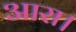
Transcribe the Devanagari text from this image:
आरा।